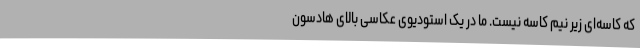
که کاسه‌ای زیر نیم کاسه نیست. ما در یک استودیوی عکاسی بالای هادسون